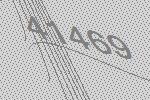
41469